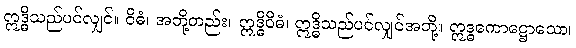
ဣဒ္ဓိသည်ပင်လျှင်။ ဝိဓံ၊ အဘို့တည်း။ ဣဒ္ဓိဝိဓံ၊ ဣဒ္ဓိသည်ပင်လျှင်အဘို့။ ဣဒ္ဓကောဋ္ဌောသော၊